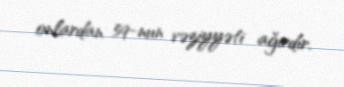
onlardan 59-nun vəziyyəti ağırdır.